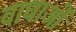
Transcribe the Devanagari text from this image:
वाधाओं